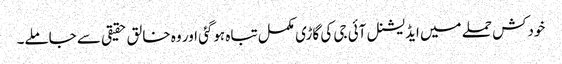
خودکش حملے میں ایڈیشنل آئی جی کی گاڑی مکمل تباہ ہوگئی اور وہ خالق حقیقی سے جاملے۔